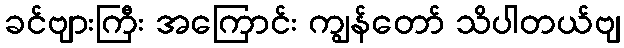
ခင်ဗျားကြီး အကြောင်း ကျွန်တော် သိပါတယ်ဗျ